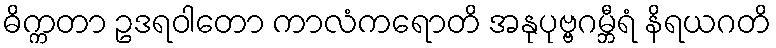
ဓိက္ကတာ ဥဒရဝါတော ကာလံကရောတိ အနုပုဗ္ဗဂမ္ဘီရံ နိရယဂတိ